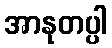
အာနုတပ္ပါ